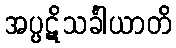
အပ္ပဋိသင်္ခါယာတိ